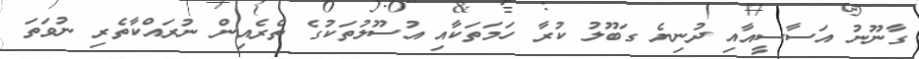
ގާނޫނު އަސާސީއާއި ދުނިޔެ ގަބޫލު ކުރާ ހަމަތަކާއި އުސޫލުތަކުގެ ތެރެއިން ނުރައްކާތެރި ނުވަތަ